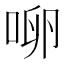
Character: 𰇬